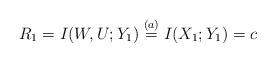
LaTeX: \begin{align*}R_1=I(W,U;Y_1)\stackrel{(a)}=I(X_1;Y_1)=c\end{align*}